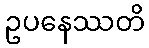
ဥပနေဿတိ